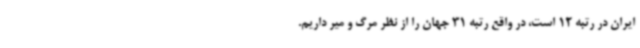
ایران در رتبه 12 است، در واقع رتبه 31 جهان را از نظر مرگ و میر داریم.